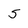
Character: 5